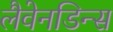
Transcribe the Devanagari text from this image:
लैवेनडिन्स